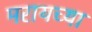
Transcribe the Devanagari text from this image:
मरायच्या